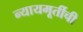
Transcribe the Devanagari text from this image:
न्यायमूर्तीची